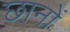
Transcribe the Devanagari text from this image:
छानों